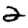
Digit: 2